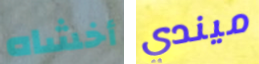
أخشاه ميندي